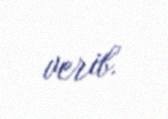
verib.